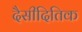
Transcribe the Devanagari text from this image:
दैसीदितिक